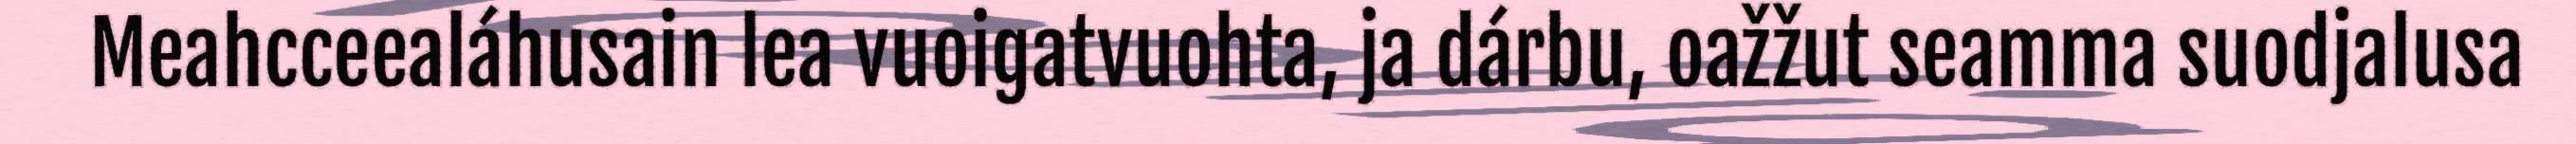
Meahcceealáhusain lea vuoigatvuohta, ja dárbu, oažžut seamma suodjalusa